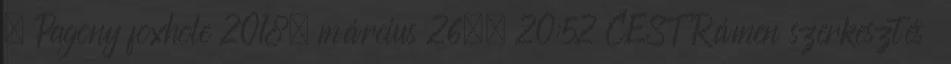
– Pagony foxhole 2018. március 26., 20:52 CEST Rámen szerkesztés